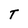
Character: T